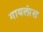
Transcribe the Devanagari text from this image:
गायलांस